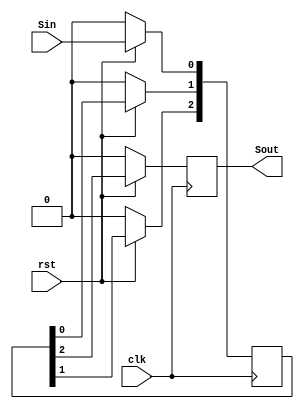
`timescale 1ns / 1ps
//////////////////////////////////////////////////////////////////////////////////
// Company: 
// Engineer: 
// 
// Design Name: 
// Module Name:    SISO 
// Project Name: 
// Target Devices: 
// Tool versions: 
// Description: 
//
// Dependencies: 
//
// Revision: 
// Revision 0.01 - File Created
// Additional Comments: 
//
//////////////////////////////////////////////////////////////////////////////////
module SISO(Sin, Sout, clk, rst);
	input Sin, rst, clk;
	output reg Sout;
	
	reg [2:0]shift;
	
	always @(posedge clk)
	begin
		if (!rst)
			begin
				shift[0] <= 1'b0;
				shift[1] <= 1'b0;
				shift[2] <= 1'b0;
				Sout <= 1'b0;
			end
		else
			begin
				shift[0] <= Sin;
				shift[1] <= shift[0];
				shift[2] <= shift[1];
				Sout		<= shift[2];
			end
		end
endmodule